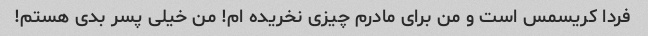
فردا کریسمس است و من برای مادرم چیزی نخریده ام! من خیلی پسر بدی هستم!